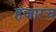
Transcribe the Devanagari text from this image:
हजारच